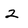
Character: 2